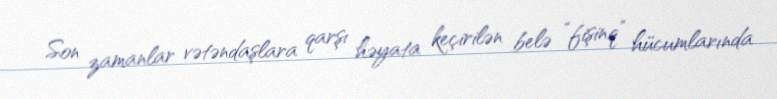
Son zamanlar vətəndaşlara qarşı həyata keçirilən belə “fişinq” hücumlarında